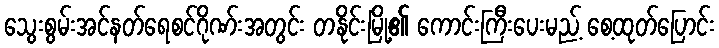
သွေးစွမ်းအင်နတ်ရေစင်ဂိုဏ်းအတွင်း တနိုင်းမြို့၏ ကောင်းကြီးပေးမည့် စေ့ထုတ်ပြောင်း